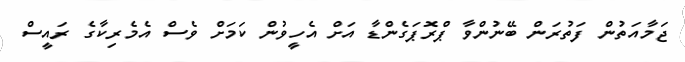
ޖަމާއަތުން ފަތުރަން ބޭނުންވާ ޕްރޮޕަގެންޑާ އަށް އެހީވުން ކަމަށް ވެސް އެެމެރިކާގެ ރައީސް